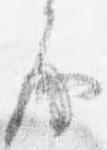
房